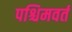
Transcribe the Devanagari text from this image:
पश्चिमवर्त